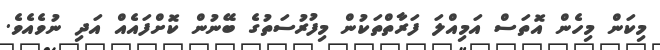
މިކަން މިހެން އޮތަސް އަމިއްލަ ފަރާތްތަކުން މިފުރުސަތުގެ ބޭނުން ކޮށްފައެއް އަދި ނުވެއެވެ.